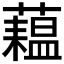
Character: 𬟇